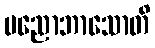
ပညောဘာသောတိ